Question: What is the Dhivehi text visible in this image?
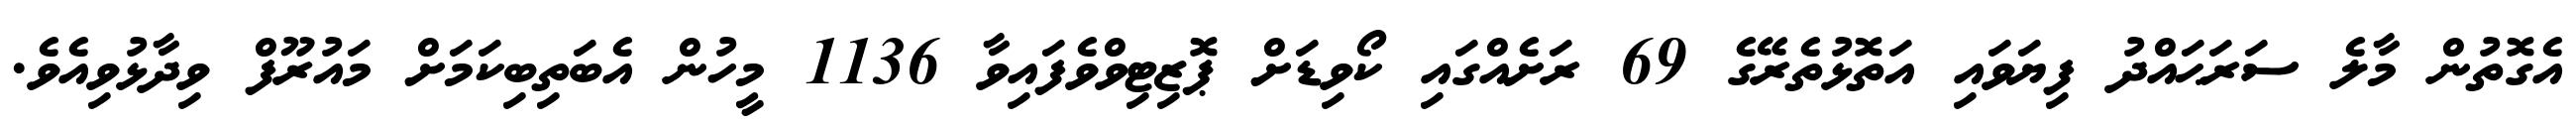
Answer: އެގޮތުން މާލެ ސަރަޙައްދު ފިޔަވައި އަތޮޅުތެރޭގެ 69 ރަށެއްގައި ކޯވިޑަށް ޕޮޒިޓިވްވެފައިވާ 1136 މީހުން އެބަތިބިކަމަށް މައުރޫފް ވިދާޅުވިއެވެ.